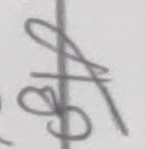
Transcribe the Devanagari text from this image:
का